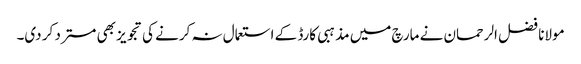
مولانا فضل الرحمان نے مارچ میں مذہبی کارڈ کے استعمال نہ کرنے کی تجویز بھی مسترد کر دی۔